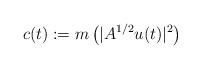
LaTeX: \begin{align*}c(t):=m\left(|A^{1/2}u(t)|^{2}\right)\end{align*}